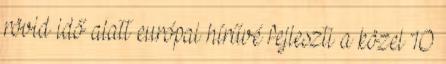
rövid idő alatt európai hírűvé fejleszti a közel 10